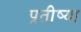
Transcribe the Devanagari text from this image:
प्रतीष्या